Vaccination in Bombay 1874-1876 - 1874-1876
Year: 1874
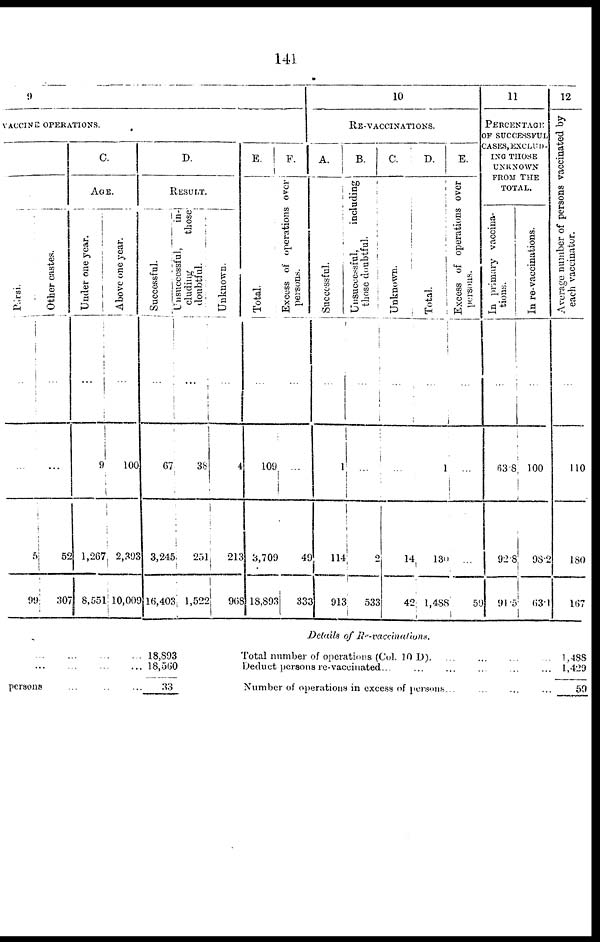
141
9
VACCINE OPERATIONS.
Pársi.
...
...
5
99
Other castes.
...
...
52
307
C.
AGE.
Under one year.
...
9
1,267
8,551
Above one year.
...
100
2,393
10,009
D.
RESULT.
Successful.
...
67
3,245
16,403
Unsuccessful,
in-
cluding
those
doubtful.
...
38
251
1,522
Unknown.
...
4
213
968
E.
Total.
...
109
3,709
18,893
F.
Excess of operations over
persons.
...
...
49
333
10
RE-VACCINATIONS.
A.
Successful.
...
1
114
913
B.
Unsuccessful,
including
those doubtful.
...
...
2
533
C.
Unknown.
...
...
14
42
D.
Total.
...
1
130
1,488
E.
Excess of operations over
persons.
...
...
...
59
11
PERCENTAGE
OF SUCCESSFUL
CASES, EXCLUD-
ING THOSE
UNKNOWN
FROM THE
TOTAL.
In primary vaccina-
tions.
...
63.8
92. 8
91.5
In re-vaccinations.
...
100
98.2
63.1
12
Average number of persons vaccinated by
each vaccinator.
...
110
180
167
... ... ... ...
... ... ... ...
persons ... ... ...
18,893
18,560
33
Details of Re-vaccinations.
Total number of operations (Col. 10 D). ... ... ... ...
Deduct persons re-vaccinated... ... ... ... ...
Number of operations in excess of persons... ... ... ...
1,488
1,429
59